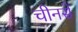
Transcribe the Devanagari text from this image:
चीनसे